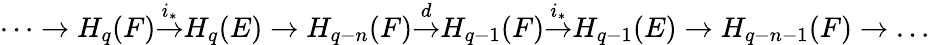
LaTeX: \dots\to H_{q}(F){\overset{i_{*}}{\to}}H_{q}(E)\to H_{q-n}(F){\overset{d}{\to}}H_{q-1}(F){\overset{i_{*}}{\to}}H_{q-1}(E)\to H_{q-n-1}(F)\to\dots